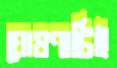
ঘোষণাটিই